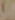
)